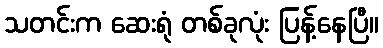
သတင်းက ဆေးရုံ တစ်ခုလုံး ပြန့်နေပြီ။